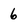
Character: 6